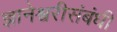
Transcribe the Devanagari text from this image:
ज्ञानेश्वरीसंबंधी